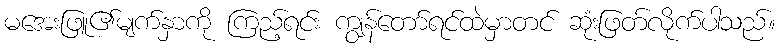
မအေးဖြူ၏မျက်နှာကို ကြည့်ရင်း ကျွန်တော်ရင်ထဲမှာတင် ဆုံးဖြတ်လိုက်ပါသည်။